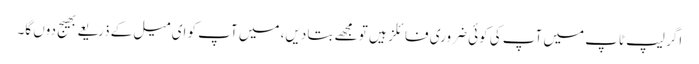
اگر لیپ ٹاپ میں آپ کی کوئی ضروری فائلز ہیں تو مجھے بتا دیں، میں آپ کو ای میل کے ذریعے بھیج دوں گا۔